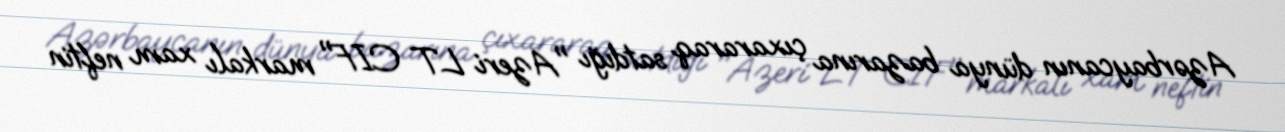
Azərbaycanın dünya bazarına çıxararaq satdığı "Azeri LT CIF" markalı xam neftin